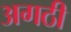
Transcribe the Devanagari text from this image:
अगठी